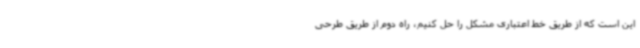
این است که از طریق خط اعتباری مشکل را حل کنیم، راه دوم از طریق طرحی